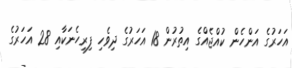
އަހަރުގެ އަންހެން ކުއްޖެއްގެ އިތުރުން 18 އަހަރުގެ ދިވެހި ފިރިހެނަކާއި 28 އަހަރުގެ